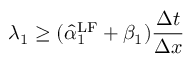
\lambda _ { 1 } \geq ( \hat { \alpha } _ { 1 } ^ { \mathrm { { L F } } } + \beta _ { 1 } ) \frac { \Delta t } { \Delta x }